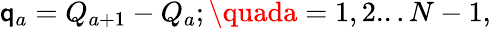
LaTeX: \mathsf{q}_{a}=Q_{a+1}-Q_{a};\quada={1,2...N-1},